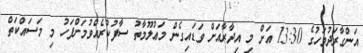
އަންގާރަދުވަހުގެ 13:30 އަށް މި އިދާރާއަށް ވަޑައިގެން މަޢުލޫމާތު ސާފުކުރެއްވުމަށްފަހު މި މަސައްކަތް